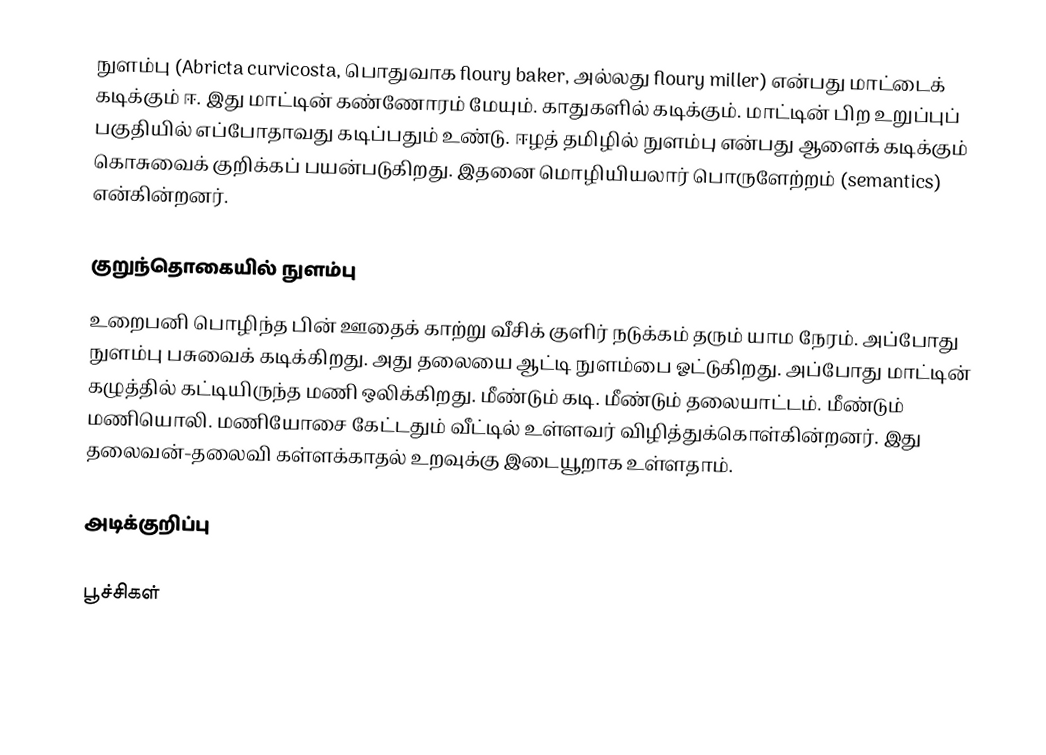
நுளம்பு (Abricta curvicosta, பொதுவாக floury baker, அல்லது floury miller) என்பது மாட்டைக் கடிக்கும் ஈ. இது மாட்டின் கண்ணோரம் மேயும். காதுகளில் கடிக்கும். மாட்டின் பிற உறுப்புப் பகுதியில் எப்போதாவது கடிப்பதும் உண்டு. ஈழத் தமிழில் நுளம்பு என்பது ஆளைக் கடிக்கும் கொசுவைக் குறிக்கப் பயன்படுகிறது. இதனை மொழியியலார் பொருளேற்றம் (semantics) என்கின்றனர்.

குறுந்தொகையில் நுளம்பு
உறைபனி பொழிந்த பின் ஊதைக் காற்று வீசிக் குளிர் நடுக்கம் தரும் யாம நேரம். அப்போது நுளம்பு பசுவைக் கடிக்கிறது. அது தலையை ஆட்டி நுளம்பை ஓட்டுகிறது. அப்போது மாட்டின் கழுத்தில் கட்டியிருந்த மணி ஒலிக்கிறது. மீண்டும் கடி. மீண்டும் தலையாட்டம். மீண்டும் மணியொலி. மணியோசை கேட்டதும் வீட்டில் உள்ளவர் விழித்துக்கொள்கின்றனர். இது தலைவன்-தலைவி கள்ளக்காதல் உறவுக்கு இடையூறாக உள்ளதாம்.

அடிக்குறிப்பு

பூச்சிகள்